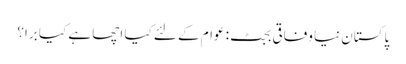
پاکستان نیا وفاقی بجٹ: عوام کے لئے کیا اچھا ہے کیا برا؟